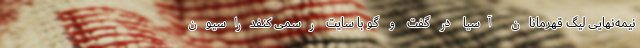
نیمه‌نهایی لیگ قهرمانان آسیا در گفت و گو با سایت رسمی کنفدراسیون